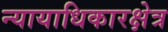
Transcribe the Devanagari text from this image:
न्यायाधिकारक्षेत्र